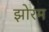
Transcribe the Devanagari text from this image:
झोरम